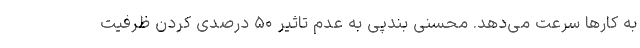
به کارها سرعت می‌دهد. محسنی بندپی به عدم تاثیر ۵۰ درصدی کردن ظرفیت